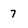
Character: 7